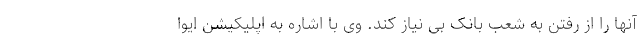
آنها را از رفتن به شعب بانک بی نیاز کند. وی با اشاره به اپلیکیشن ایوا